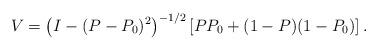
LaTeX: \begin{align*}V= \left(I-(P-P_0)^2 \right)^{-1/2} \left[ PP_0 + (1-P)(1-P_0) \right].\end{align*}